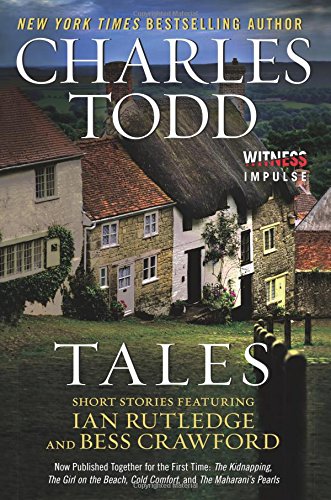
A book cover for Tales: Short Stories Featuring Ian Rutledge and Bess Crawford; Charles Todd; Mystery, Thriller & Suspense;